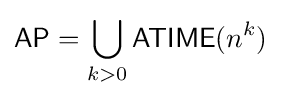
{\mathsf {AP}}=\bigcup _{k>0}{\mathsf {ATIME}}(n^{k})